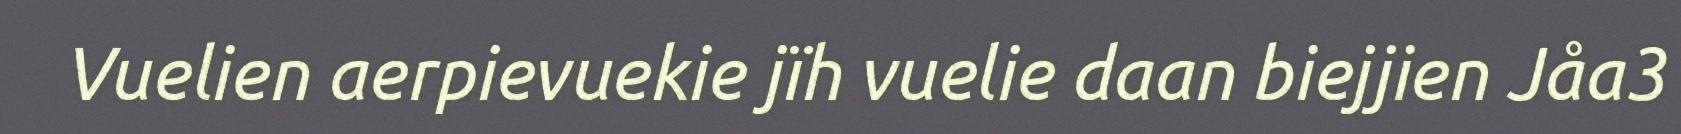
Vuelien aerpievuekie jïh vuelie daan biejjien Jåa3